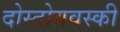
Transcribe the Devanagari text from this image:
दोस्तोयवस्की